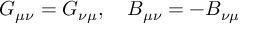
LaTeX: G _ { \mu \nu } = G _ { \nu \mu } , \quad B _ { \mu \nu } = - B _ { \nu \mu }